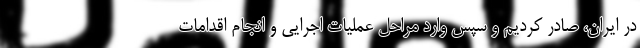
در ایران، صادر کردیم و سپس وارد مراحل عملیات اجرایی و انجام اقدامات